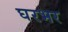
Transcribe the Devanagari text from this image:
घरभर